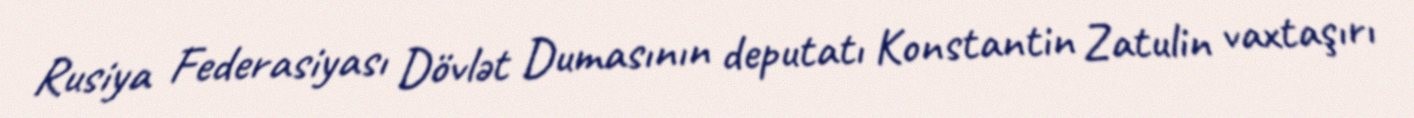
Rusiya Federasiyası Dövlət Dumasının deputatı Konstantin Zatulin vaxtaşırı